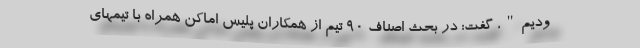
ودیم"، گفت: در بحث اصناف 90 تیم از همکاران پلیس اماکن همراه با تیمهای